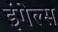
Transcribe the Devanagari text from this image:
इंगेल्स